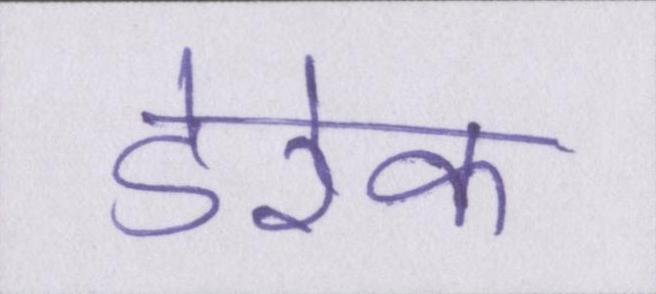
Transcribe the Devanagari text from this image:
डेरेक